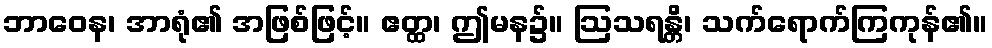
ဘာဝေန၊ အာရုံ၏ အဖြစ်ဖြင့်။ ဧတ္ထ၊ ဤမန၌။ ဩသရန္တိ၊ သက်ရောက်ကြကုန်၏။